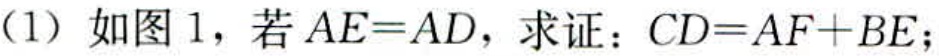
(1) 如图 1，若 \(AE = AD\)，求证：\(CD=AF + BE\)；